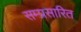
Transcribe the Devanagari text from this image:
सम्प्रसारित